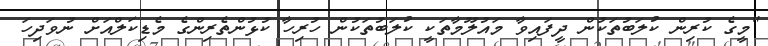
"މީގެ ކުރިން ކުލަބުތަކުން ދީފައިވާ މައުލޫމާތަކީ ކުލަބުތަކުން ހުރިހާ ކުޅުންތެރިންގެ މެޑިކަލްއަށް ނުވަދިހަ